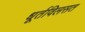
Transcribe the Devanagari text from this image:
धूर्तविलसत